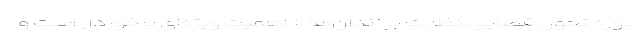
دوره تحول قضایی، نظارت بر زندان‌ها از اهمیت ویژه‌ای برخوردار است و